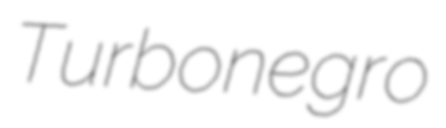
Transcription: Turbonegro